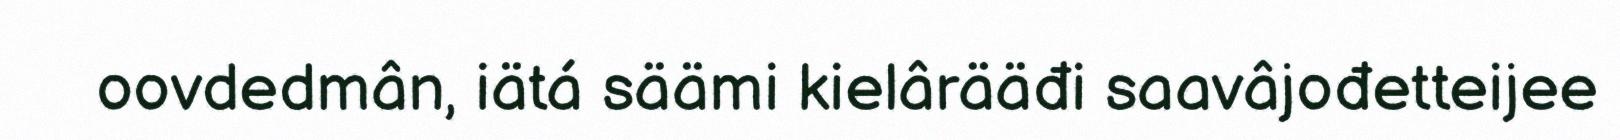
oovdedmân, iätá säämi kielârääđi saavâjođetteijee